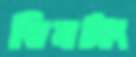
তিনটাং